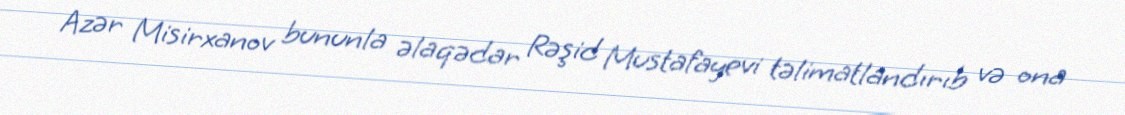
Azər Misirxanov bununla əlaqədar Rəşid Mustafayevi təlimatlandırıb və ona